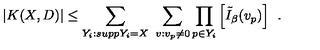
\left. | K ( X , D ) | \leq \sum _ { Y _ { i } : s u p p Y _ { i } = X } \ \sum _ { v : v _ { p } \neq 0 } \prod _ { p \in Y _ { i } } \left[ \tilde { I } _ { \beta } ( v _ { p } ) \right] \right. \ .